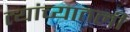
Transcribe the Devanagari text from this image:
त्यांच्यातली